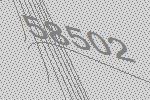
58502